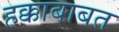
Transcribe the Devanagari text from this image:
हक्काबाबत